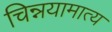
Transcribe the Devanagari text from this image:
चिन्नयामात्य